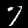
Label: 7